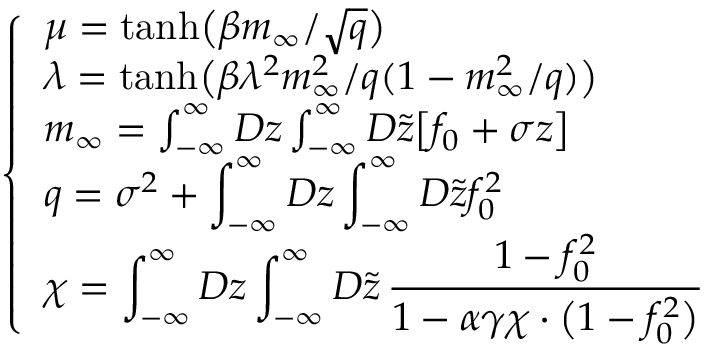
\left\{ \begin{array} { l } { \displaystyle \mu = \mathrm { t a n h } \big ( \beta m _ { \infty } / \sqrt { q } \big ) } \\ { \lambda = \mathrm { t a n h } \big ( \beta \lambda ^ { 2 } m _ { \infty } ^ { 2 } / q ( 1 - m _ { \infty } ^ { 2 } / q ) \big ) } \\ { m _ { \infty } = \int _ { - \infty } ^ { \infty } D z \int _ { - \infty } ^ { \infty } D \tilde { z } \big [ f _ { 0 } + \sigma z \big ] } \\ { \displaystyle q = \sigma ^ { 2 } + \int _ { - \infty } ^ { \infty } D z \int _ { - \infty } ^ { \infty } D \tilde { z } f _ { 0 } ^ { 2 } } \\ { \chi = \displaystyle \int _ { - \infty } ^ { \infty } D z \int _ { - \infty } ^ { \infty } D \tilde { z } \, \frac { 1 - f _ { 0 } ^ { 2 } } { 1 - \alpha \gamma \chi \cdot \big ( 1 - f _ { 0 } ^ { 2 } \big ) } } \end{array} \right. \,